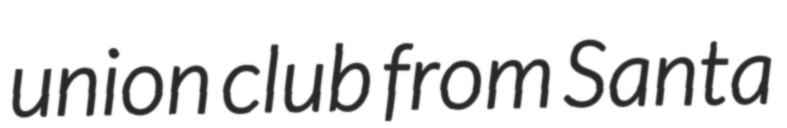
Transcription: union club from Santa